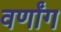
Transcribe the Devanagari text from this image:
वर्णांग